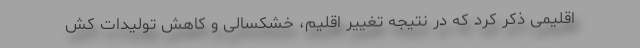
اقلیمی ذکر کرد که در نتیجه تغییر اقلیم، خشکسالی و کاهش تولیدات کش